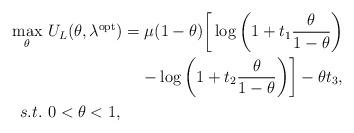
LaTeX: \begin{align*}\max_{\theta} &~ U_{L}(\theta,\lambda^{\textrm{opt}}) = \mu (1-\theta) \bigg[ \log\bigg(1+ t_{1}\frac{\theta}{1-\theta}\bigg) \\&~~~~~~~~~~~~~~~~~~ - \log\bigg(1+t_{2} \frac{\theta}{1-\theta}\bigg) \bigg] - \theta t_{3} ,\\s.t. &~ 0<\theta<1,\end{align*}